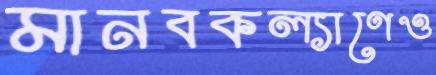
মানবকল্যাণেও